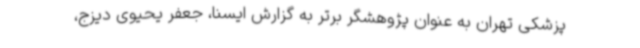
پزشکی تهران به عنوان پژوهشگر برتر به گزارش ایسنا، جعفر یحیوی دیزج،